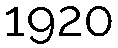
1920